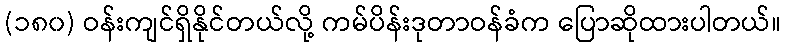
(၁၈၀) ဝန်းကျင်ရှိနိုင်တယ်လို့ ကမ်ပိန်းဒုတာဝန်ခံက ပြောဆိုထားပါတယ်။